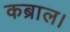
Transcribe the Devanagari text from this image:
कब्राल।